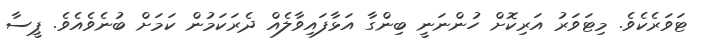
ޓަވަރެކެވެ. މިޓަވަރު އަރިކޮށް ހުންނަނީ ބިންގާ އަޅާފައިވާލެއް ދެރަކަމުން ކަމަށް ބުނެވެއެވެ. ޕީސާ